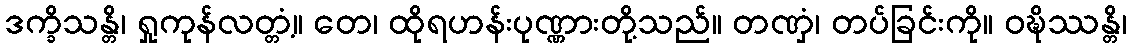
ဒက္ခိသန္တိ၊ ရှုကုန်လတ္တံ့။ တေ၊ ထိုရဟန်းပုဏ္ဏားတို့သည်။ တဏှံ၊ တပ်ခြင်းကို။ ဝဍ္ဎိဿန္တိ၊